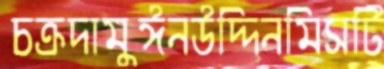
চক্রদামুঈনউদ্দিনমিসটি